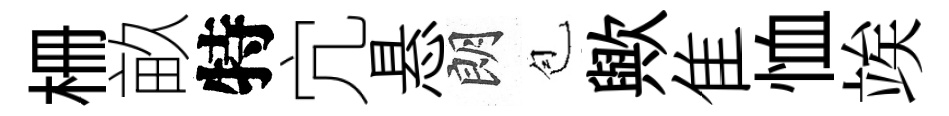
栅畝特宂悬朗苞歟隹恤竢